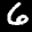
Label: 6